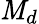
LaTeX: \mathit{M}_{d}